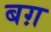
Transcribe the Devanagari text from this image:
बग़